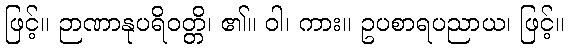
ဖြင့်။ ဉာဏာနုပရိဝတ္တိ၊ ၏။ ဝါ၊ ကား။ ဥပစာရပညာယ၊ ဖြင့်။